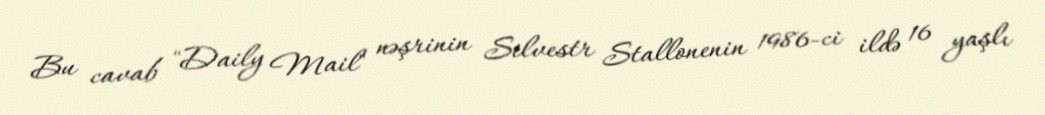
Bu cavab "Daily Mail" nəşrinin Silvestr Stallonenin 1986-ci ildə 16 yaşlı